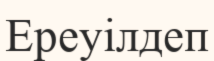
Ереуілдеп